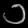
Digit: ၁